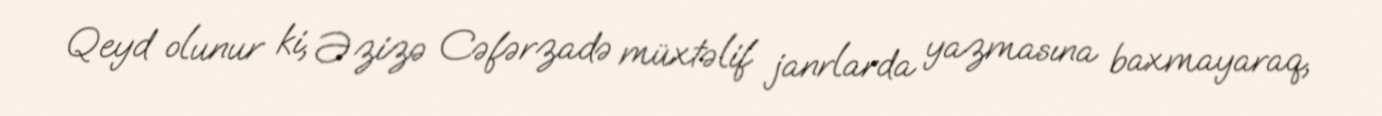
Qeyd olunur ki, Əzizə Cəfərzadə müxtəlif janrlarda yazmasına baxmayaraq,